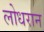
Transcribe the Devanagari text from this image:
लोधरान